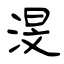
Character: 渂